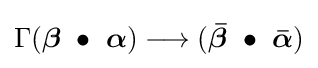
\Gamma ({\boldsymbol {\beta }}\ \bullet \ {\boldsymbol {\alpha }})\longrightarrow ({\boldsymbol {\bar {\beta }}}\ \bullet \ {\boldsymbol {\bar {\alpha }}})